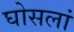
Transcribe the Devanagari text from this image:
घोसलां